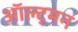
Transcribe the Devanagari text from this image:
ऑल्ट्मन